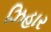
ઝિહાર